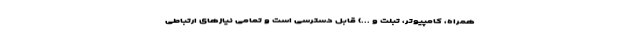
همراه، کامپیوتر، تبلت و ...) قابل دسترسی است و تمامی نیازهای ارتباطی